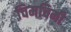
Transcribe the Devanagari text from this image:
चिमचिमी